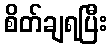
စိတ်ချရပြီး